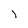
Character: l